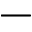
-